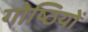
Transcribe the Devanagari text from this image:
गोष्‍ठियों